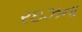
રઇઝના